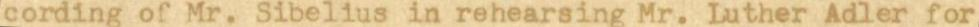
cording of Mr. Sibelius in rehearsing Mr. Luther Adler for